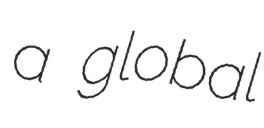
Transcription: a global